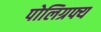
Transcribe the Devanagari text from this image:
पोलिग्रफ्य